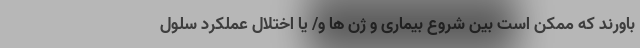
باورند که ممکن است بین شروع بیماری و ژن ها و/ یا اختلال عملکرد سلول